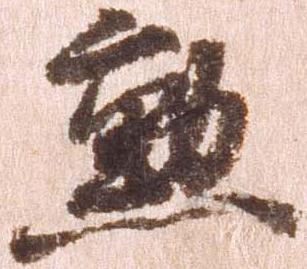
勲